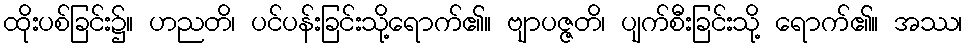
ထိုးပစ်ခြင်း၌။ ဟညတိ၊ ပင်ပန်းခြင်းသို့ရောက်၏။ ဗျာပဇ္ဇတိ၊ ပျက်စီးခြင်းသို့ ရောက်၏။ အဿ၊